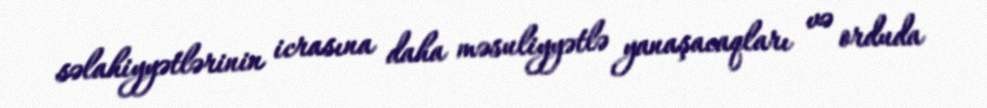
səlahiyyətlərinin icrasına daha məsuliyyətlə yanaşacaqları və orduda